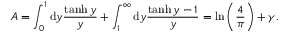
A = \int _ { 0 } ^ { 1 } \mathrm { d } y { \frac { \operatorname { t a n h } y } { y } } + \int _ { 1 } ^ { \infty } \mathrm { d } y { \frac { \operatorname { t a n h } y - 1 } { y } } = \ln \left( { \frac { 4 } { \pi } } \right) + \gamma .